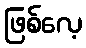
ဖြစ်လေ့